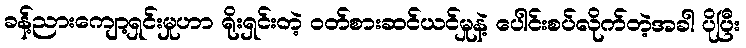
ခန့်ညားကျော့ရှင်းမှုဟာ ရိုးရှင်းတဲ့ ဝတ်စားဆင်ယင်မှုနဲ့ ပေါင်းစပ်လိုက်တဲ့အခါ ပိုပြီး